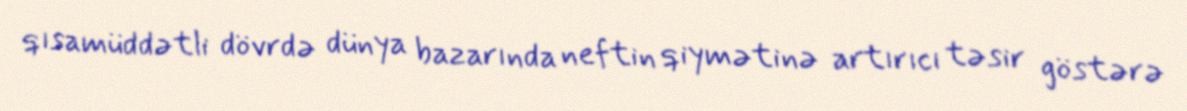
qısamüddətli dövrdə dünya bazarında neftin qiymətinə artırıcı təsir göstərə